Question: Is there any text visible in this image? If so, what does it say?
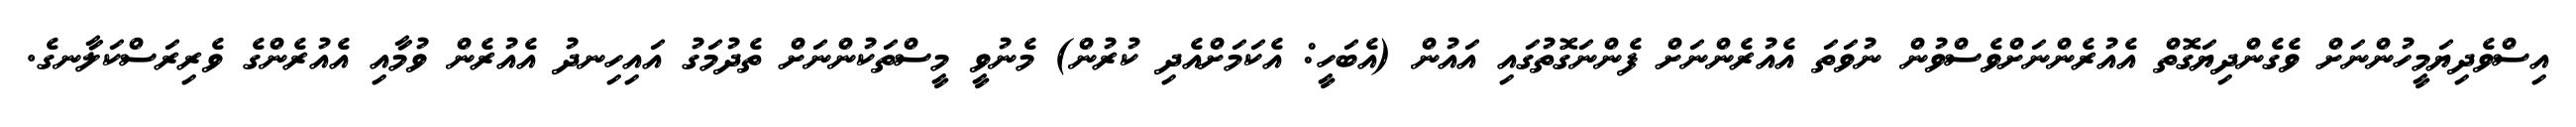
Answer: އިސްވެދިޔަމީހުންނަށް ވެގެންދިޔަގޮތް އެއުރެންނަށްވެސްވުން ނުވަތަ އެއުރެންނަށް ފެންނަގޮތުގައި އައުން (އެބަހީ: އެކަމަށްއެދި ކުރުން) މެނުވީ މީސްތަކުންނަށް ތެދުމަގު އައިހިނދު އެއުރެން ވުމާއި އެއުރެންގެ ވެރިރަސްކަލާނގެ.